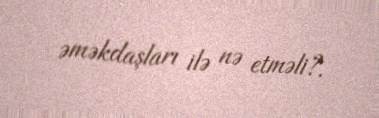
əməkdaşları ilə nə etməli?.